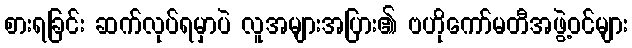
စားရခြင်း ဆက်လုပ်ရမှာပဲ လူအများအပြား၏ ဗဟိုကော်မတီအဖွဲ့ဝင်များ